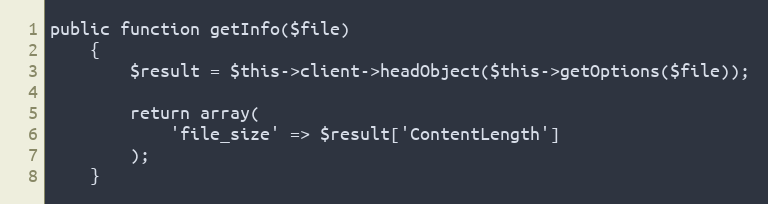
Language: PHP
public function getInfo($file)
    {
        $result = $this->client->headObject($this->getOptions($file));

        return array(
            'file_size' => $result['ContentLength']
        );
    }